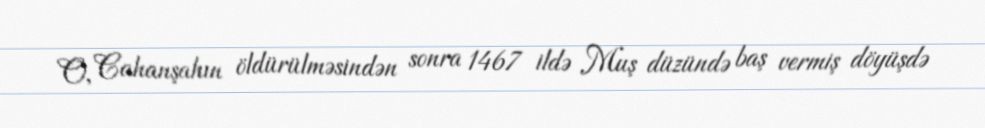
O, Cahanşahın öldürülməsindən sonra 1467 ildə Muş düzündə baş vermiş döyüşdə